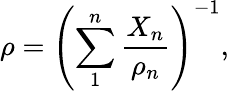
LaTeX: \rho=\left(\sum_{1}^{n}\frac{X_{n}}{\rho_{n}}\right)^{-1},